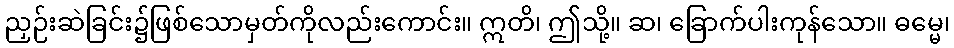
ညှဉ်းဆဲခြင်း၌ဖြစ်သောမှတ်ကိုလည်းကောင်း။ ဣတိ၊ ဤသို့။ ဆ၊ ခြောက်ပါးကုန်သော။ ဓမ္မေ၊